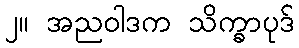
၂။ အညဝါဒက သိက္ခာပုဒ်